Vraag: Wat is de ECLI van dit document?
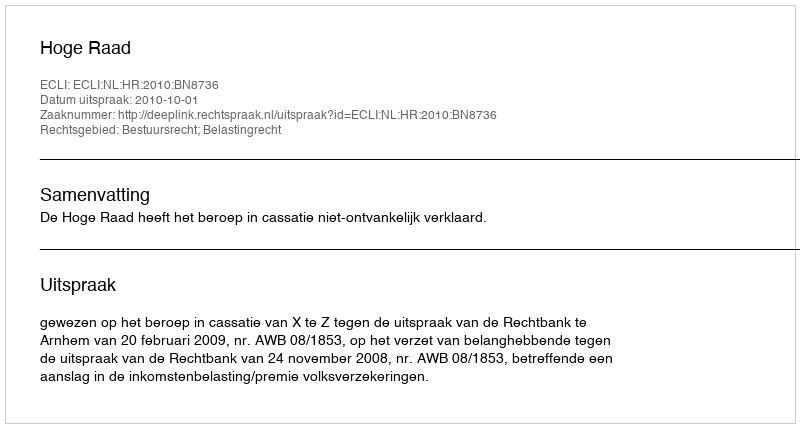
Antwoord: ECLI:NL:HR:2010:BN8736